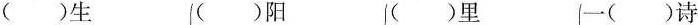
()生 ()阳 ()里 一()诗